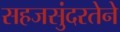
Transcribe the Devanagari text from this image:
सहजसुंदरतेने